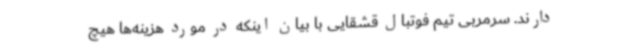
دارند. سرمربی تیم فوتبال قشقایی با بیان اینکه در مورد هزینه‌ها هیچ